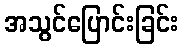
အသွင်ပြောင်းခြင်း